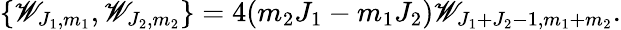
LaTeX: \{ \mathscr{W}_{J_{1},m_{1}},\mathscr{W}_{J_{2},m_{2}}\} =4(m_{2}J_{1}-m_{1}J_{2})\mathscr{W}_{J_{1}+J_{2}-1,m_{1}+m_{2}}.